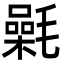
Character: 氉